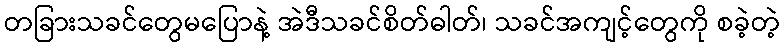
တခြားသခင်တွေမပြောနဲ့ အဲဒီသခင်စိတ်ဓါတ်၊ သခင်အကျင့်တွေကို စခဲ့တဲ့